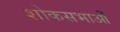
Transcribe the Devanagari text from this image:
शोकसभाओं